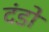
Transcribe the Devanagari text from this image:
दंडो